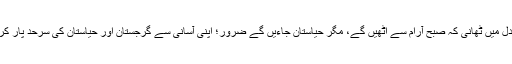
چنانچہ دل میں ٹھانی کہ صبح آرام سے اٹھیں گے، مگر حیاستان جاءیں گے ضرور؛ اپنی آسانی سے گرجستان اور حیاستان کی سرحد پار کریں گے۔